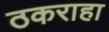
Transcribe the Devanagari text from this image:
ठकराहा